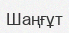
Шаңғұт